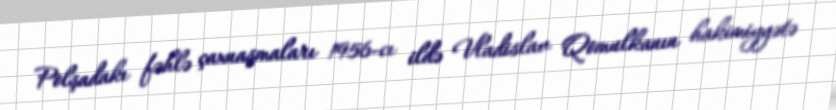
Polşadakı fəhlə çaxnaşmaları 1956-cı ildə Vladislav Qomulkanın hakimiyyətə